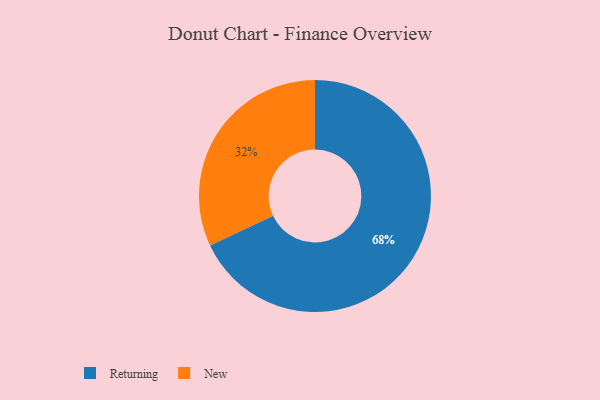
{"axis": {"x": "Category", "y": "Percentage"}, "legend": ["New", "Returning"], "data": [{"x": "Returning", "y": 68, "type": "Returning"}, {"x": "New", "y": 32, "type": "New"}]}